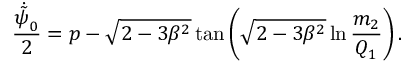
\frac { \dot { \tilde { \psi } } _ { 0 } } { 2 } = p - \sqrt { 2 - 3 \beta ^ { 2 } } \tan \left( \sqrt { 2 - 3 \beta ^ { 2 } } \ln \frac { m _ { 2 } } { Q _ { 1 } } \right) .